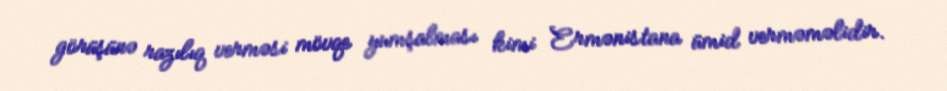
görüşünə razılıq verməsi mövqe yumşalması kimi Ermənistana ümid verməməlidir.